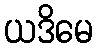
ယဒိမေ